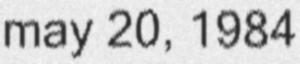
may 20, 1984